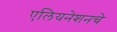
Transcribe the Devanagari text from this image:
एलियनेशनचे